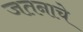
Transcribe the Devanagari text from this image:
जतनाचे